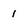
Character: 1